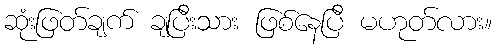
ဆုံးဖြတ်ချက် ချပြီးသား ဖြစ်နေပြီ မဟုတ်လား။